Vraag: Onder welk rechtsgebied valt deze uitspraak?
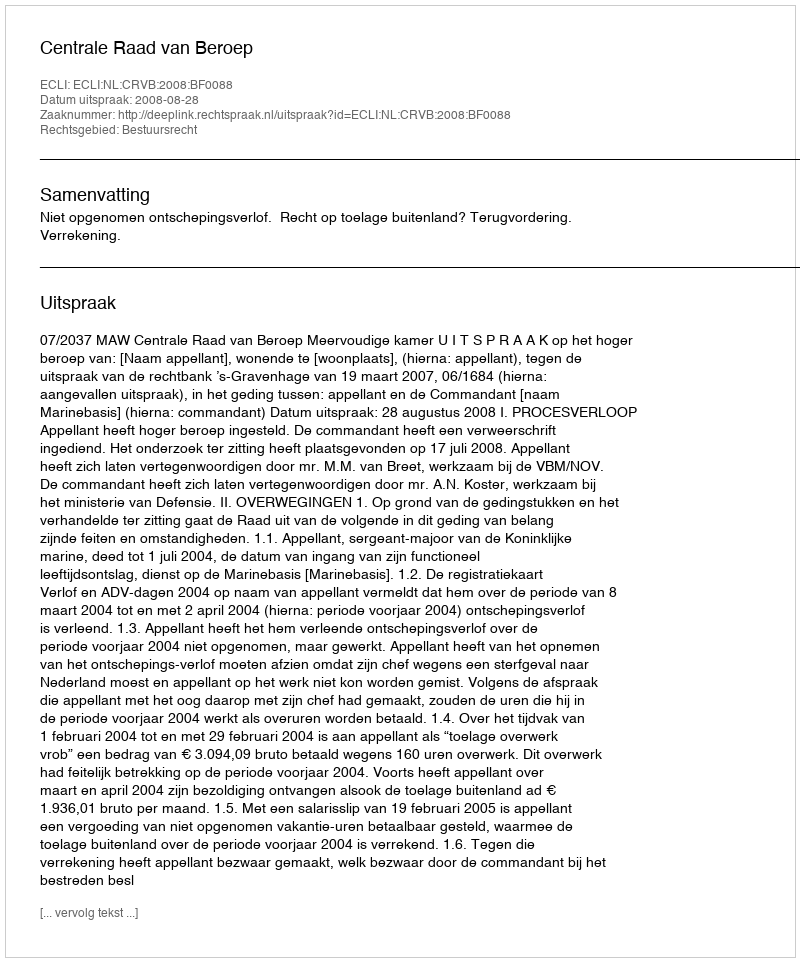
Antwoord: Bestuursrecht